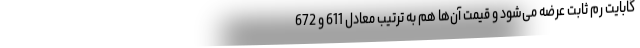
گابایت رم ثابت عرضه می‌شود و قیمت آن‌ها هم به ترتیب معادل 611 و 672